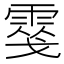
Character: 𩃢